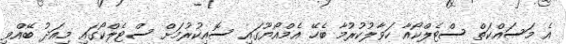
އެ މަސައްކަތް ސްޓެލްކޯއާ ހަވާލުކުރުމާ ބެހޭ އެމްއޯޔޫގައި ސޮއިކުރުމަށް ސްޓެލްކޯގައި މިއަދު ބޭއްވި